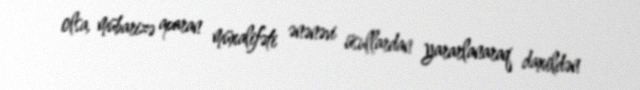
olsa, mübarizə aparan müxalifəti ənənəvi üsullardan yararlanaraq daxildən